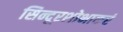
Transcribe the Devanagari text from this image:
सिन्दूरशोभाकरं